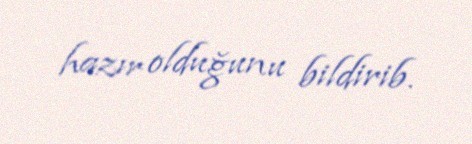
hazır olduğunu bildirib.